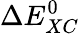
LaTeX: \Delta E_{XC}^{0}